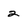
Character: 2